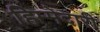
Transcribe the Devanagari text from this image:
हिम्मेदारी